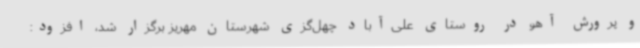
و پرورش آهو در روستای علی‌آباد چهل‌گزی شهرستان مهریز برگزار شد، افزود: